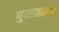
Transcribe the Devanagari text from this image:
पुराततव